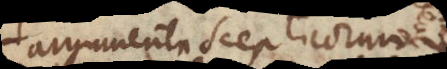
argumenta Scepticorum